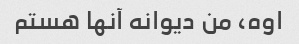
اوه، من دیوانه آنها هستم